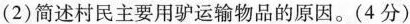
(2)简述村民主要用驴运输物品的原因。(4分)